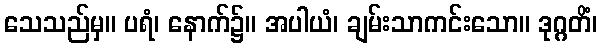
သေသည်မှ။ ပရံ၊ နောက်၌။ အပါယံ၊ ချမ်းသာကင်းသော။ ဒုဂ္ဂတိံ၊